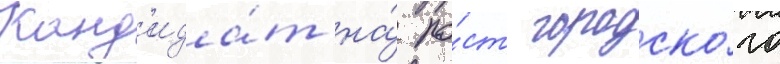
Канд'ида́т на́ по́ст городско́го